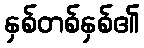
နှစ်တစ်နှစ်၏